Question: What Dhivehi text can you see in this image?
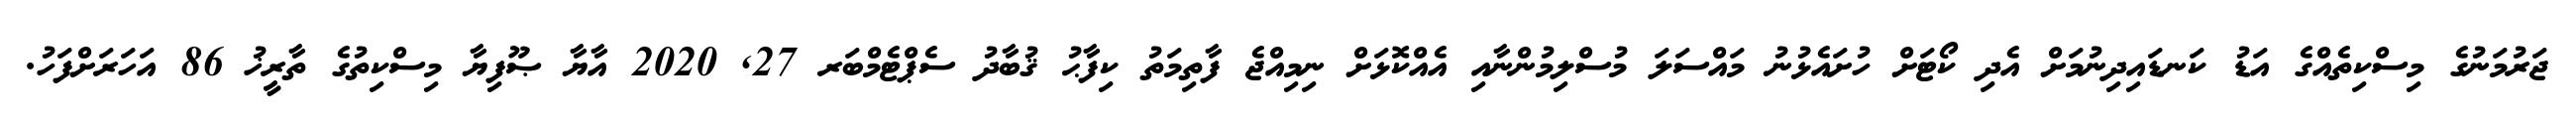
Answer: ޖަރުމަނުގެ މިސްކިތެއްގެ އަޑު ކަނޑައިދިނުމަށް އެދި ކޯޓަށް ހުށައެޅުނު މައްސަލަ މުސްލިމުންނާއި އެއްކޮޅަށް ނިމިއްޖެ ފާތިމަތު ކިފާޙު ޤުބާދު ސެޕްޓެމްބަރ 27, 2020 އާޔާ ޞޫފިޔާ މިސްކިތުގެ ތާރީޚު 86 އަހަރަށްފަހު.